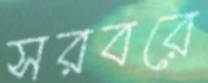
সরবরে